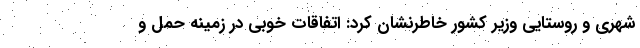
شهری و روستایی وزیر کشور خاطرنشان کرد: اتفاقات خوبی در زمینه حمل و